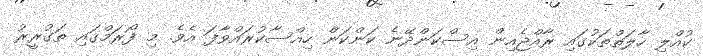
ކުއްލި ހާލަތްތަކުގައި ރާއްޖެއިން އިސްކަންދޭނެ ކަންކަން ހިއްސާކުރައްވާފަ އެވެ. މި ފޯރަމްގައި ތަގުރީރު